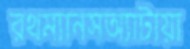
রথম্যানসঅ্যাটায়া